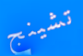
تشينج